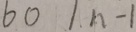
6 0 \vert n - 1